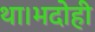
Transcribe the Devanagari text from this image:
था।भदोही